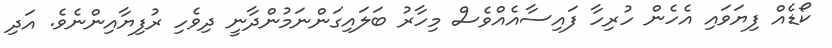
ކޯޑެއް ފިޔަވައި އެހެން ހުރިހާ ފައިސާއެއްވެސް މިހާރު ބަލައިގަންނަމުންދާނީ ދިވެހި ރުފިޔާއިންނެވެ. އަދި